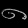
Digit: ၈